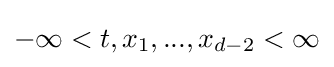
-\infty <t,x_{1},...,x_{d-2}<\infty